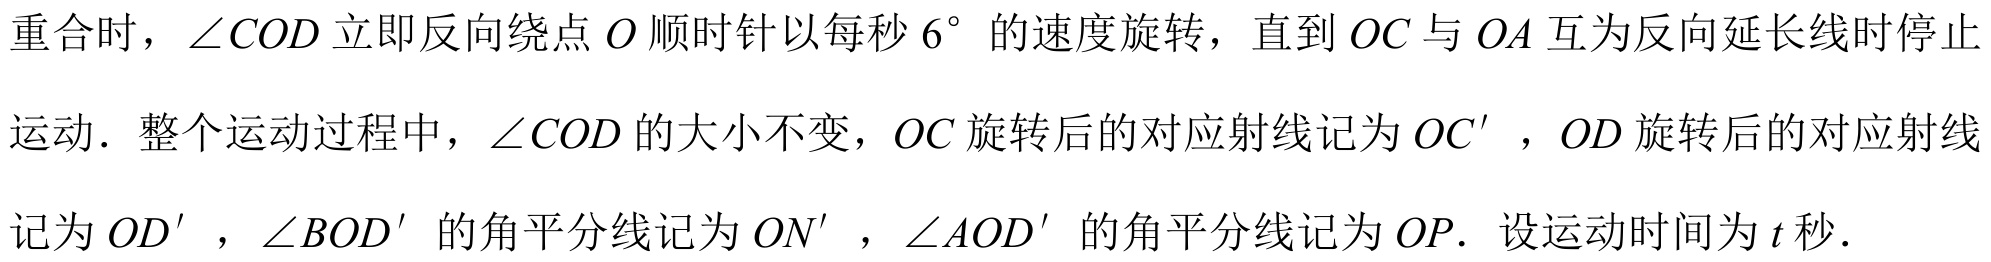
重合时，\(\angle COD\)立即反向绕点\(O\)顺时针以每秒\(6^{\circ}\)的速度旋转，直到\(OC\)与\(OA\)互为反向延长线时停止
运动．整个运动过程中，\(\angle COD\)的大小不变，\(OC\)旋转后的对应射线记为\(OC'\)，\(OD\)旋转后的对应射线
记为\(OD'\)，\(\angle BOD'\)的角平分线记为\(ON'\)，\(\angle AOD'\)的角平分线记为\(OP\)．设运动时间为\(t\)秒．